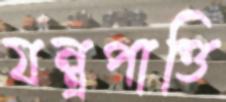
যন্ত্রপাত্তি